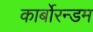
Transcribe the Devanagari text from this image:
कार्बोरन्डम